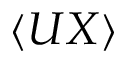
\langle U X \rangle